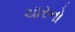
ચારનો